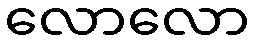
လောလော